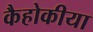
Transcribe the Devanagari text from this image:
कैहोकीया